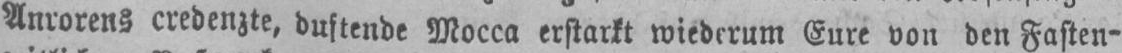
Anrorens credenzte, duftende Mocca erstarkt wiederum Eure von den Fasten-